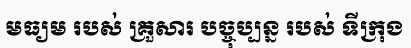
មធ្យម របស់ គ្រួសារ បច្ចុប្បន្ន របស់ ទីក្រុង